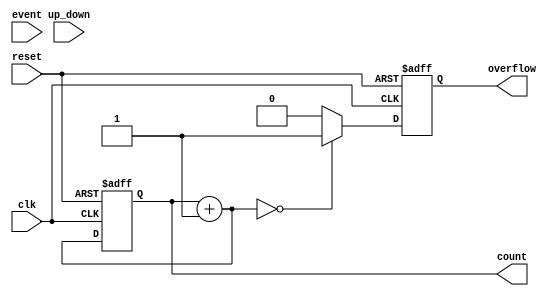
module MemoryBlocksDigitalEventCounter #(
    parameter WIDTH = 8,          // Bit-width of the counter
    parameter COUNT_MODE = 0      // 0: Up Counter, 1: Down Counter, 2: Up/Down Counter
)(
    input wire clk,               // Clock signal
    input wire reset,             // Reset signal
    input wire event,             // Event signal to trigger counting
    input wire up_down,           // Control signal for Up/Down counting (only for Up/Down mode)
    output reg [WIDTH-1:0] count, // Current count value
    output reg overflow           // Overflow signal
);

    // Internal signal to hold the next count value
    reg [WIDTH-1:0] next_count;

    // Always block for synchronous operations
    always @(posedge clk or posedge reset) begin
        if (reset) begin
            count <= 0;            // Reset count to zero
            overflow <= 0;         // Clear overflow signal
        end else begin
            case (COUNT_MODE)
                0: begin // Up Counter
                    next_count = count + 1;
                    if (next_count == 0) overflow <= 1; // Check for overflow
                    else overflow <= 0;
                end
                1: begin // Down Counter
                    next_count = count - 1;
                    if (next_count == {WIDTH{1'b1}}) overflow <= 1; // Check for underflow
                    else overflow <= 0;
                end
                2: begin // Up/Down Counter
                    if (event) begin
                        if (up_down) begin
                            next_count = count + 1; // Increment
                            if (next_count == 0) overflow <= 1; // Check for overflow
                            else overflow <= 0;
                        end else begin
                            next_count = count - 1; // Decrement
                            if (next_count == {WIDTH{1'b1}}) overflow <= 1; // Check for underflow
                            else overflow <= 0;
                        end
                    end else begin
                        next_count = count; // Hold the count if no event
                    end
                end
                default: begin
                    next_count = count; // Default case
                    overflow <= 0;      // No overflow
                end
            endcase
            count <= next_count; // Update count
        end
    end

endmodule